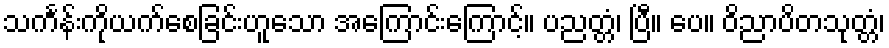
သင်္ကန်းကိုယက်စေခြင်းဟူသော အကြောင်းကြောင့်။ ပညတ္တံ၊ ပြီ။ ပေ။ ဝိညာပိတသုတ္တံ၊